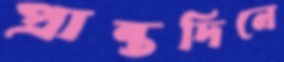
প্রান্তদিনে